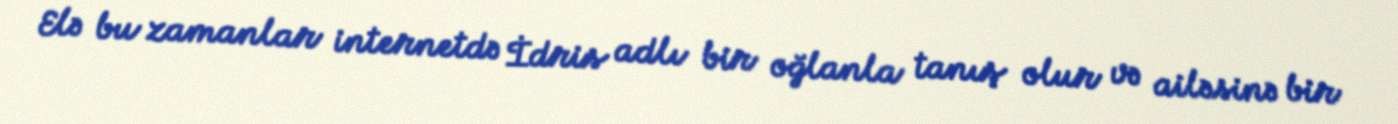
Elə bu zamanlar internetdə İdris adlı bir oğlanla tanış olur və ailəsinə bir